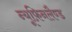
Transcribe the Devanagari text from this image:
न्यूफ़िनलैण्ड